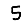
Digit: 5